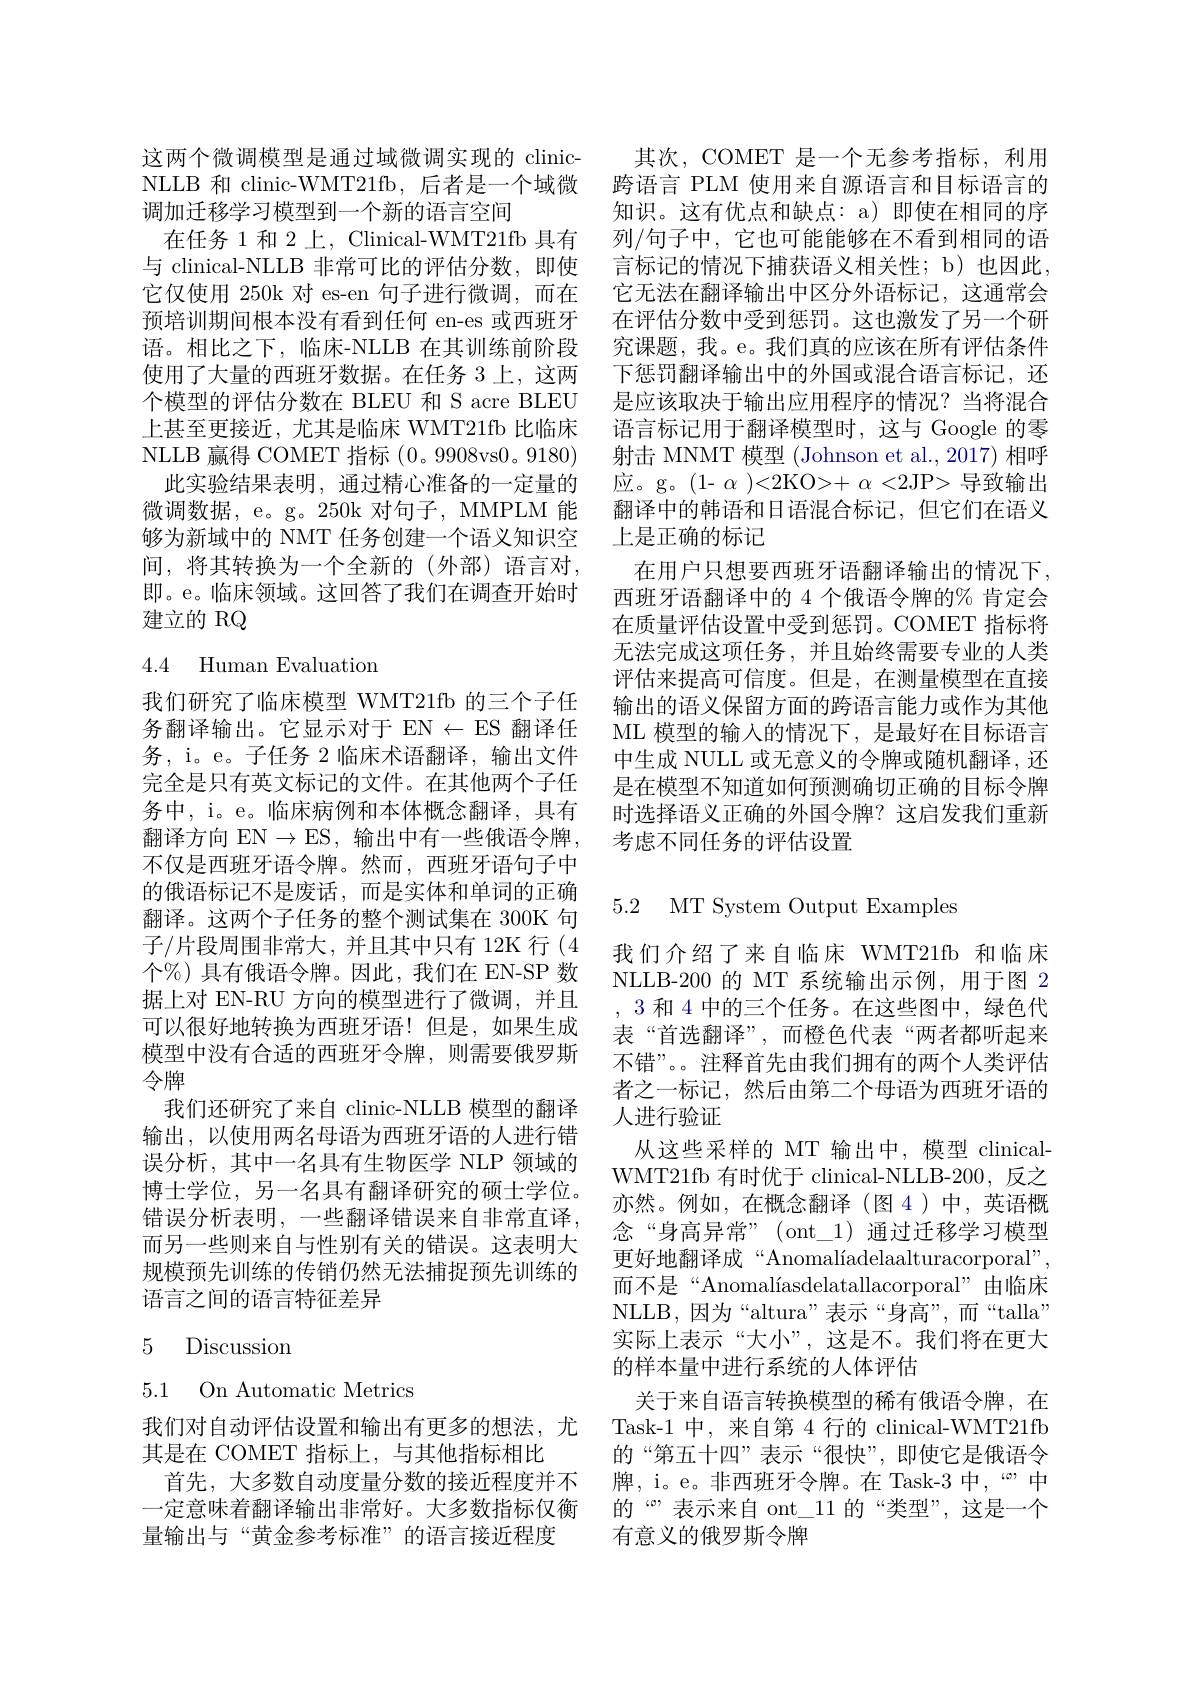
这两个微调模型是通过域微调实现的 clinic- 其次，COMET 是一个无参考指标，利用NLLB 和 clinic-WMT21fb, 后者是一个域微 跨语言 PLM 使用来自源语言和目标语言的调加迁移学习模型到一个新的语言空间
在任务 1 和 2 上，Clinical-WMT21fb 具有
与 clinical-NLLB 非常可比的评估分数，即使 言标记的情况下捕获语义相关性；b)也因此，
它仅使用 250k 对 es-en 句子进行微调，而在预培训期间根本没有看到任何 en-es 或西班牙语。相比之下，临床-NLLB 在其训练前阶段使用了大量的西班牙数据。在任务 3 上，这两个模型的评估分数在 BLEU 和 S acre BLEU 上甚至更接近，尤其是临床 WMT21fb 比临床NLLB 赢得 COMET 指标(0。9908vs0。9180)
此实验结果表明，通过精心准备的一定量的微调数据，e。g。250k 对句子，MMPLM 能够为新域中的 NMT 任务创建一个语义知识空间，将其转换为一个全新的(外部)语言对， 即。e。临床领域。这回答了我们在调查开始时建立的 RQ

## 4.4 Human Evaluation

我们研究了临床模型 WMT21fb 的三个子任务翻译输出。它显示对于 EN$\leftarrow$ES 翻译任务，i。e。子任务 2 临床术语翻译，输出文件完全是只有英文标记的文件。在其他两个子任务中，i。e。临床病例和本体概念翻译，具有翻译方向 EN$\to$ES,输出中有一些俄语令牌， 不仅是西班牙语令牌。然而，西班牙语句子中的俄语标记不是废话，而是实体和单词的正确翻译。这两个子任务的整个测试集在 300K 句子/片段周围非常大，并且其中只有12K 行(4个%)具有俄语令牌。因此，我们在 EN-SP 数据上对 EN-RU 方向的模型进行了微调，并且可以很好地转换为西班牙语！但是，如果生成模型中没有合适的西班牙令牌，则需要俄罗斯令牌
我们还研究了来自 clinic-NLLB 模型的翻译输出，以使用两名母语为西班牙语的人进行错误分析，其中一名具有生物医学 NLP 领域的博士学位，另一名具有翻译研究的硕士学位。错误分析表明，一些翻译错误来自非常直译， 而另一些则来自与性别有关的错误。这表明大规模预先训练的传销仍然无法捕捉预先训练的语言之间的语言特征差异

## 5 Discussion

5.1 On Automatic Metrics

量输出与“黄金参考标准”的语言接近程度

知识。这有优点和缺点：a)即使在相同的序列/句子中，它也可能能够在不看到相同的语它无法在翻译输出中区分外语标记，这通常会在评估分数中受到惩罚。这也激发了另一个研究课题，我。e。我们真的应该在所有评估条件下惩罚翻译输出中的外国或混合语言标记，还是应该取决于输出应用程序的情况？当将混合语言标记用于翻译模型时，这与 Google 的零射击 MNMT 模型 (Johnson et al., 2017) 相呼应。g。(1- $\alpha$ )<2KO>+ $\alpha<2$JP> 导致输出翻译中的韩语和日语混合标记，但它们在语义上是正确的标记
在用户只想要西班牙语翻译输出的情况下， 西班牙语翻译中的 4 个俄语令牌的% 肯定会在质量评估设置中受到惩罚。COMET 指标将无法完成这项任务，并且始终需要专业的人类评估来提高可信度。但是，在测量模型在直接输出的语义保留方面的跨语言能力或作为其他ML 模型的输入的情况下，是最好在目标语言中生成 NULL 或无意义的令牌或随机翻译，还是在模型不知道如何预测确切正确的目标令牌时选择语义正确的外国令牌？这启发我们重新考虑不同任务的评估设置

### 5.2 MT System Output Examples

我们介绍了来自临床 WMT21fb 和临床NLLB-200 的 MT 系统输出示例，用于图 2 ,3和 4 中的三个任务。在这些图中，绿色代表“首选翻译”,而橙色代表“两者都听起来不错”。。注释首先由我们拥有的两个人类评估者之一标记，然后由第二个母语为西班牙语的人进行验证
从这些采样的 MT 输出中，模型 clinicalWMT21fb 有时优于 clinical-NLLB-200,反之亦然。例如，在概念翻译(图4)中，英语概念“身高异常”(ont\_1)通过迁移学习模型更好地翻译成“Anomalíadelaalturacorporal”, 而不是“Anomalíasdelatallacorporal”由临床NLLB, 因 为 “ altura” 表 示 “ 身 高 ” , 而 “ talla” 实际上表示“大小”,这是不。我们将在更大的样本量中进行系统的人体评估
关于来自语言转换模型的稀有俄语令牌，在
我们对自动评估设置和输出有更多的想法，尤 Task-1 中，来自第 4 行的 clinical-WMT21fb 其是在 COMET 指标上，与其他指标相比 的“第五十四”表示“很快”,即使它是俄语令
首先，大多数自动度量分数的接近程度并不 牌，i。e。非西班牙令牌。在 Task-3 中，“中一定意味着翻译输出非常好。大多数指标仅衡 的“”表示来自 ont\_11 的“类型”,这是一个
有意义的俄罗斯令牌